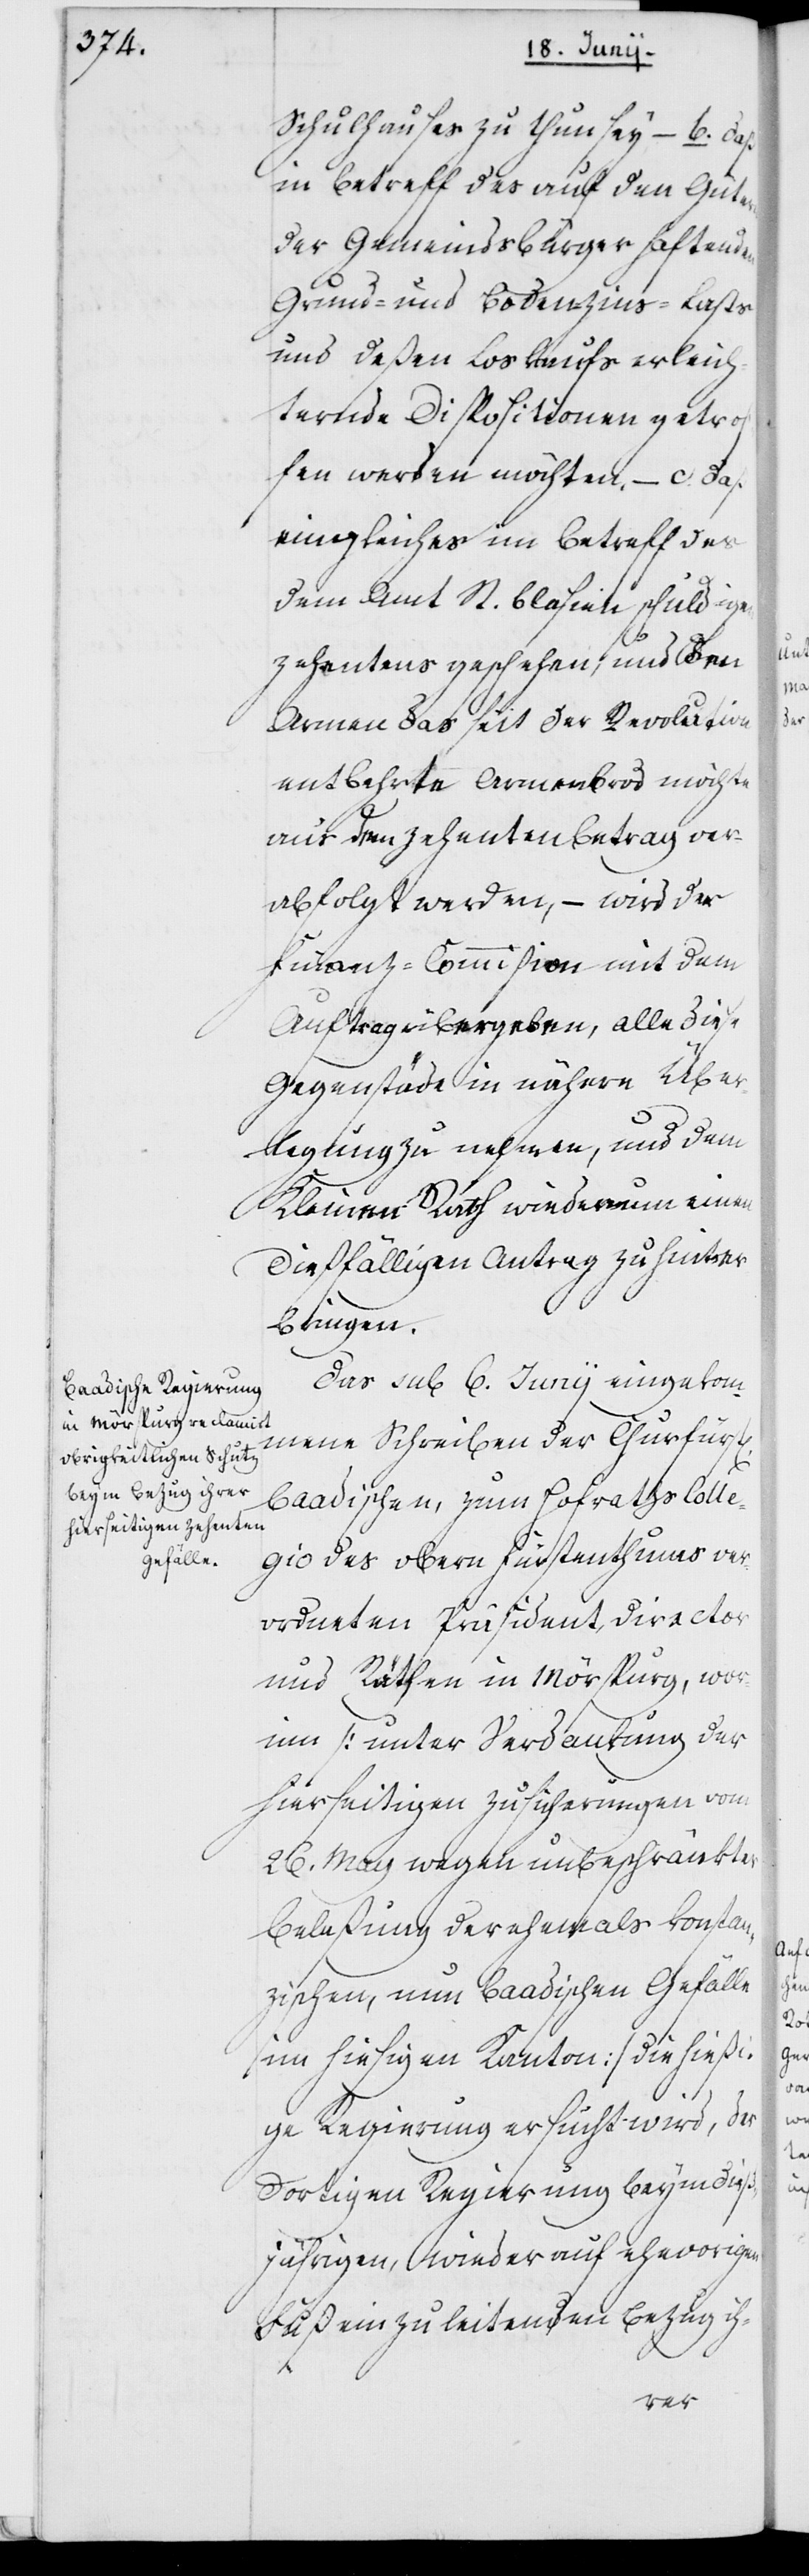
Schulhauses zu thun sey, – b. daß
in Betreff des auf den Gütern
der Gemeindsbürger haftenden
Grund- und Bodenzins-Lasts
und deßen Loskaufs erleich¬
ternde Dispositionen getrof¬
fen werden möchten, – c. daß
ein Gleiches in Betreff des
dem Amt St. Blasien schuldigen
Zehentens geschehen und den
Armen das seit der Revolution
entbehrte Armenbrod möchte
aus dem Zehentenbetrag ver¬
abfolgt werden, – wird der
Finanz-Commißion mit dem
Auftrag übergeben, alle diese
Gegenstä[n]de in nähere Über¬
legung zu nehmen, und dem
Kleinen Rath wiederum einen
dießfälligen Antrag zu hinter¬
bringen.
Das sub 6. Junij eingekom¬
mene Schreiben der Churfürs¬
Baadischen, zum Hofrathscolle¬
gio des obern Fürstentums ver¬
ordneten Präsident, Director
und Räthen in Mörspurg, wor¬
inn (unter Verdankung der
hierseitigen Zusicherung vom
26. May wegen unbeschränkter
Belaßung der ehemals konstan¬
zischen, nun baadischen Gefälle
im hiesigen Kanton) die hießi¬
ge Regierung ersucht wird, der
dortigen Regierung beym dieß¬
jährigen, wieder auf ehevorigen
Fuß einzuleitenden Bezug ih-

tl.